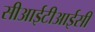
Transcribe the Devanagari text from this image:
सीआईटीआईसी